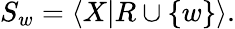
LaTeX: S_{w}=\langle X|R\cup\{ w\} \rangle.